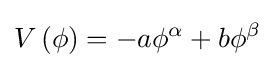
V\left(\phi \right)=-a\phi ^{\alpha }+b\phi ^{\beta }